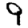
Digit: 9